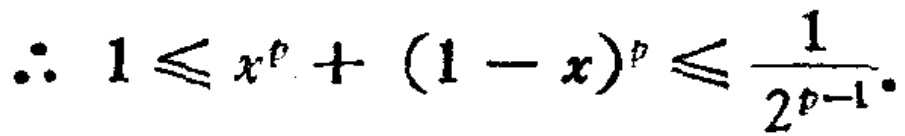
\(\therefore 1\leqslant x^{p}+(1 - x)^{p}\leqslant \frac{1}{2^{p - 1}}\)